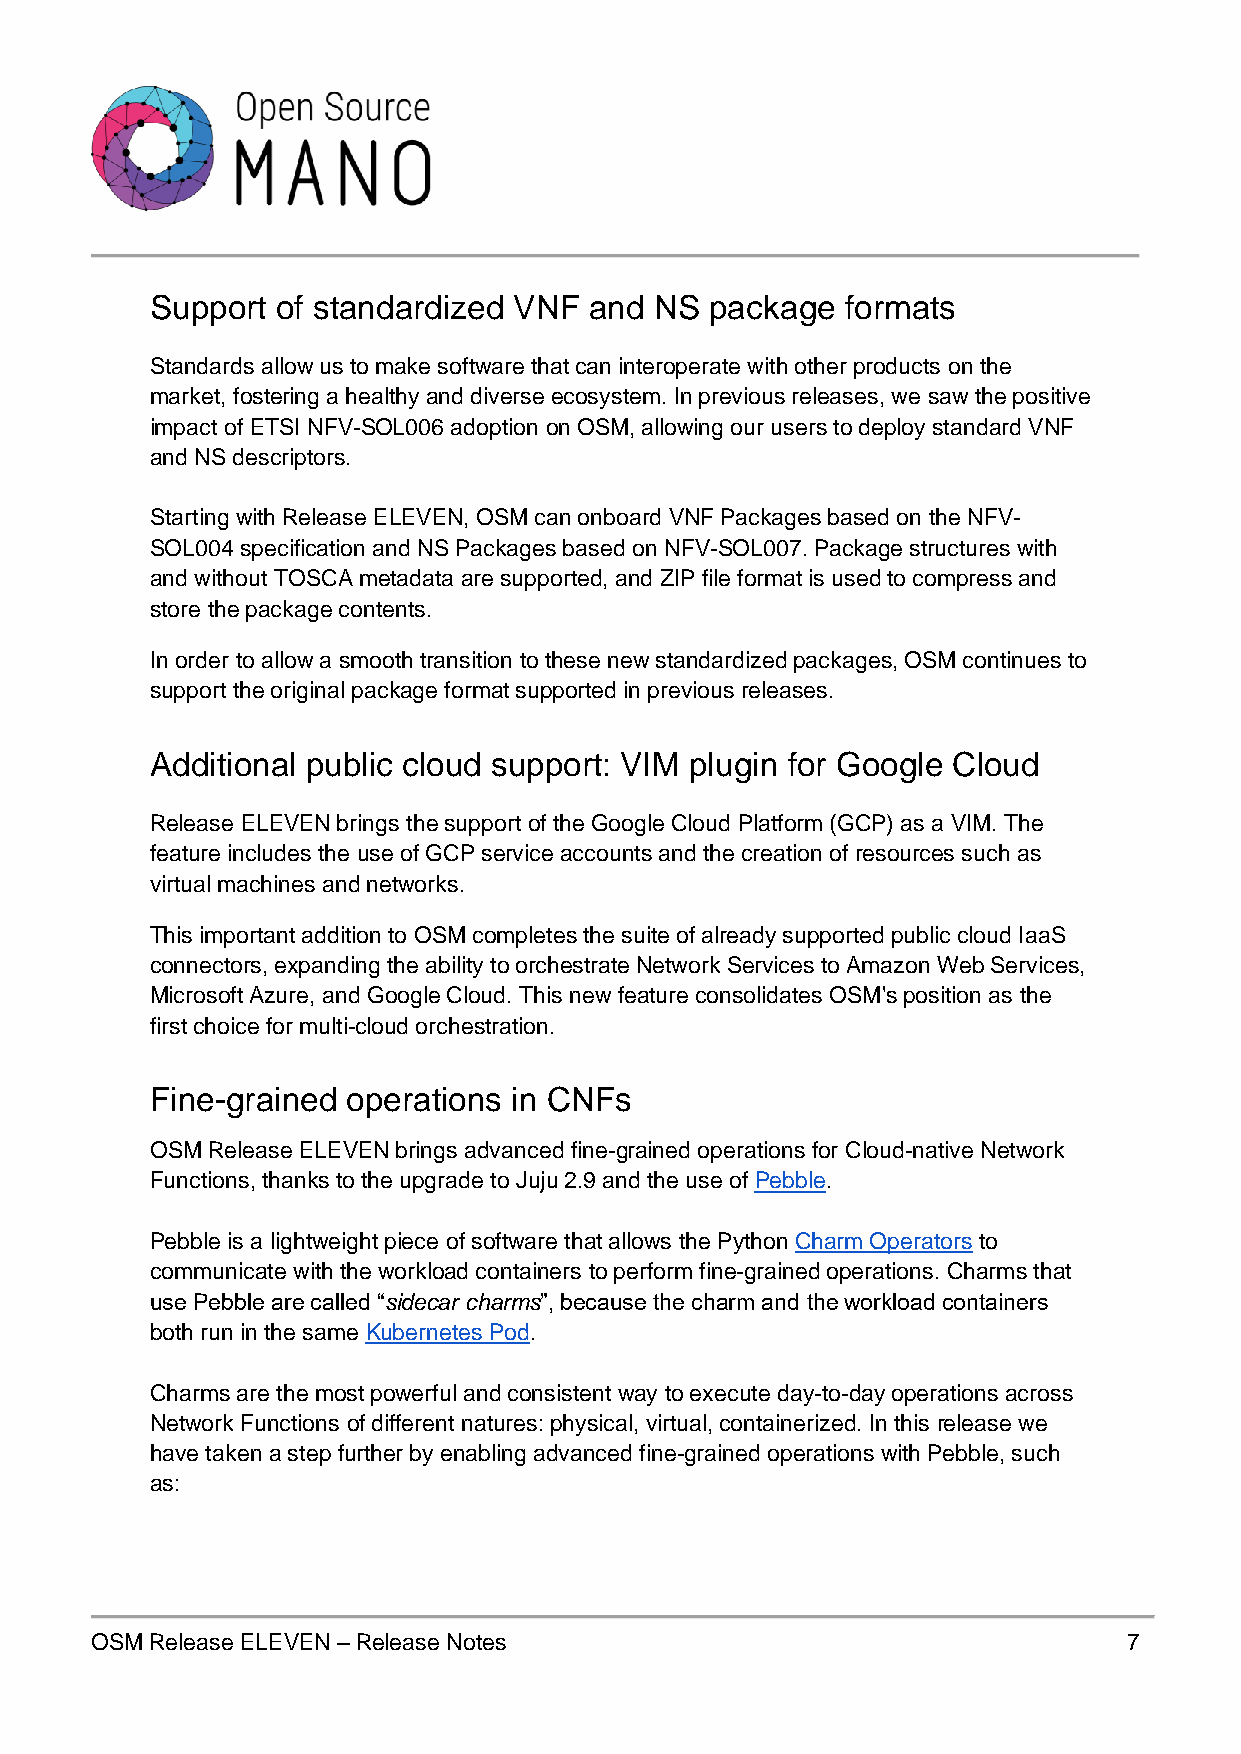
Support of standardized VNF  and NS  package  formats
 Standards allow us to make software that can interoperate with other products on the
 market, fostering a healthy and diverse ecosystem. In previous releases, we saw the positive
 impact of ETSI NFV-SOL006 adoption on OSM, allowing our users to deploy standard VNF
 and NS descriptors.
 Starting with Release ELEVEN, OSM can onboard VNF Packages based on the NFV-
 SOL004 specification and NS Packages based on NFV-SOL007. Package structures with
 and without TOSCA metadata are supported, and ZIP file format is used to compress and
 store the package contents.
 In order to allow a smooth transition to these new standardized packages, OSM continues to
 support the original package format supported in previous releases.
 Additional public cloud support: VIM plugin for Google Cloud
 Release ELEVEN brings the support of the Google Cloud Platform (GCP) as a VIM. The
 feature includes the use of GCP service accounts and the creation of resources such as
 virtual machines and networks.
 This important addition to OSM completes the suite of already supported public cloud IaaS
 connectors, expanding the ability to orchestrate Network Services to Amazon Web Services,
 Microsoft Azure, and Google Cloud. This new feature consolidates OSM's position as the
 first choice for multi-cloud orchestration.
 Fine-grained operations in CNFs
 OSM Release ELEVEN brings advanced fine-grained operations for Cloud-native Network
 Functions, thanks to the upgrade to Juju 2.9 and the use of Pebble.
 Pebble is a lightweight piece of software that allows the Python Charm Operators to
 communicate with the workload containers to perform fine-grained operations. Charms that
 use Pebble are called “sidecar charms”, because the charm and the workload containers
 both run in the same Kubernetes Pod.
 Charms are the most powerful and consistent way to execute day-to-day operations across
 Network Functions of different natures: physical, virtual, containerized. In this release we
 have taken a step further by enabling advanced fine-grained operations with Pebble, such
 as:
 OSM Release ELEVEN – Release Notes                                   7